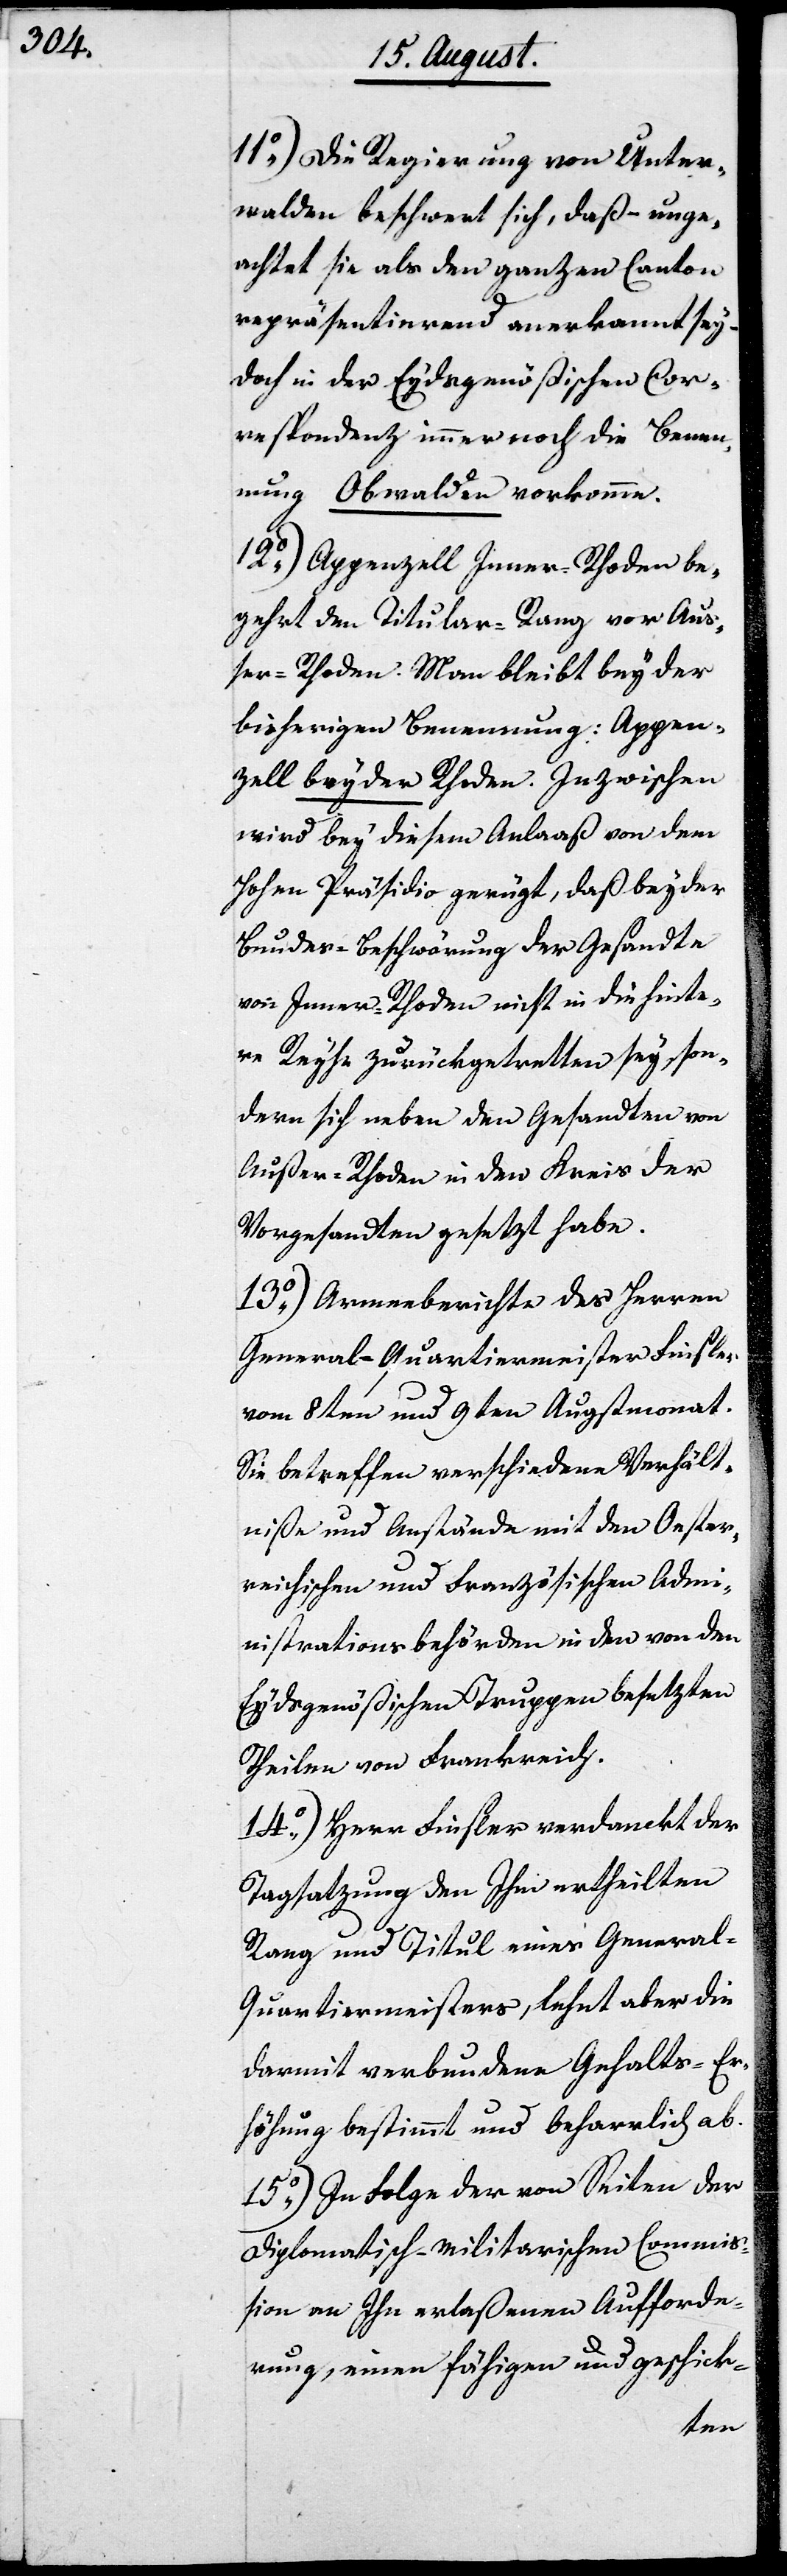
11.) Die Regierung von Unter¬
walden beschwert sich, daß – unge¬
achtet sie als den ganzen Canton
repräsentierend anerkannt sey –
doch in der Eydsgenößischen Cor¬
respondenz immer noch die Benen¬
nung Obwalden vorkomme.
12.) Appenzell Inner-Rhoden be¬
gehrt den Titular-Rang vor Auß¬
er-Rhoden. Man bleibt bey der
bisherigen Benennung: Appen¬
zell beyder Rhoden. Inzwischen
wird bey diesem Anlaß von dem
Hohen Präsidio gerügt, daß bey der
Bundes-Beschwörung der Gesandte
von Inner-Rhoden nicht in die hinte¬
re Reyhe zurückgetretten sey, son¬
dern sich neben den Gesandten von
Außer-Rhoden in den Kreis der
Vorgesandten gesetzt habe.
13.) Armeebericht des Herren
General-Quartiermeister Finsler
vom 8ten und 9ten Augstmonat.
Sie betreffen verschiedene Verhält¬
niße und Anstände mit den Oester¬
reichischen und Französischen Admi¬
nistrationsbehörden in den von den
Eydsgenößischen Truppen besetzten
Theilen von Frankreich.
14.) Herr Finsler verdanckt der
Tagsatzung den Ihm ertheilten
Rang und Titul eines Genera¬
l-Quartiermeisters, lehnt aber die
darmit verbundene Gehalts-Er¬
höhung bestimmt und beharrlich ab.
15.) In Folge der von Seiten der
diplomatisch-militarischen Commi¬
ßion an Ihn erlaßenen Aufforde¬
rung, einen fähigen und geschick-